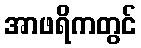
အာဖရိကတွင်